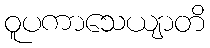
ဝူပကာသေယျာတိ